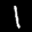
Label: 1